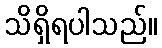
သိရှိရပါသည်။